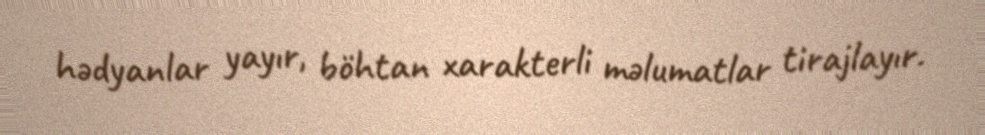
hədyanlar yayır, böhtan xarakterli məlumatlar tirajlayır.